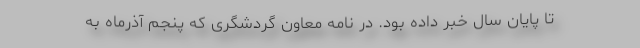
تا پایان سال خبر داده بود. در نامه معاون گردشگری که پنجم آذرماه به